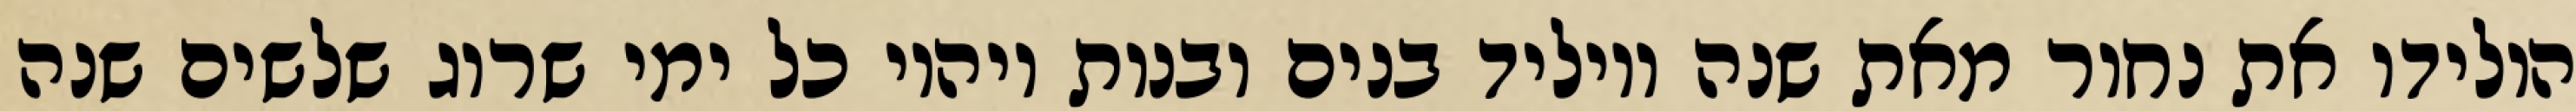
הולידו את נחור מאת שנה ויוליד בנים ובנות ויהיו כל ימי שרוג שלשים שנה